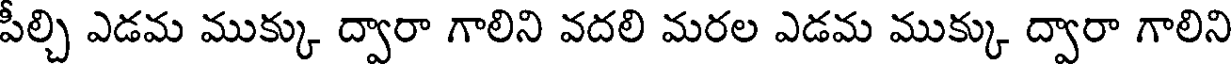
పీల్చి ఎడమ ముక్కు ద్వారా గాలిని వదలి మరల ఎడమ ముక్కు ద్వారా గాలిని